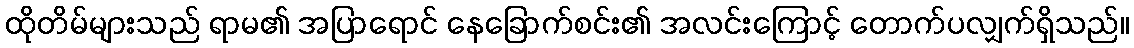
ထိုတိမ်များသည် ရာမ၏ အပြာရောင် နေခြောက်စင်း၏ အလင်းကြောင့် တောက်ပလျှက်ရှိသည်။